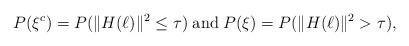
LaTeX: \begin{align*}P(\xi^{c}) & =P(\|H(\ell)\|^{2}\le\tau)\;\mbox{and}\; P(\xi)=P(\|H(\ell)\|^{2}>\tau),\end{align*}